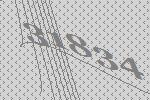
31834